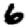
Digit: 6